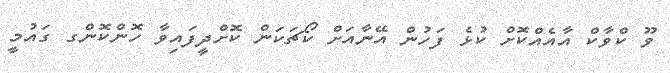
ވޫ ކްވާކް އާއެއްކޮށް ކުޅެ ފަހުން އޭނާއަށް ކޯޗަކަން ކޮށްދީފައިވާ ހޮންކޮންގ ގައުމީ